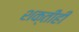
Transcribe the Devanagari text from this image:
शक्तीही